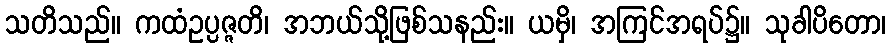
သတိသည်။ ကထံဥပ္ပဇ္ဇတိ၊ အဘယ်သို့ဖြစ်သနည်း။ ယမှိ၊ အကြင်အရပ်၌။ သုခါပိတော၊